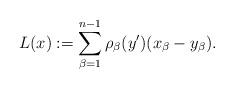
LaTeX: \begin{align*}L (x) := \sum_{\beta = 1}^{n-1}\rho_\beta (y') (x_\beta - y_\beta).\end{align*}